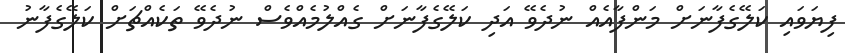
ފިޔަވައި ކަލޭގެފާނަށް މަންފާއެއް ނުދެވޭ އަދި ކަލޭގެފާނަށް ގެއްލުމެއްވެސް ނުދެވޭ ތަކެއްޗަށް ކަލޭގެފާނު